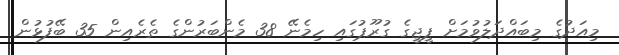
މިއަދުގެ މިބައްދަލުވުމަށް ޕީޖީގެ ގުރޫޕުގައި ހިމެނޭ 38 މެންބަރުންގެ ތެރެއިން 35 ބޭފުޅުން